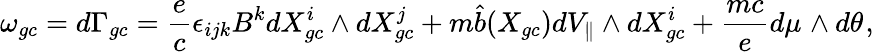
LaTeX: \omega_{gc}=d\Gamma_{gc}=\frac{e}{c}\epsilon_{ijk}B^{k}dX_{gc}^{i}\wedge dX_{gc}^{j}+m\hat{b}(X_{gc})dV_{\parallel}\wedge dX_{gc}^{i}+\frac{mc}{e}d\mu_{}\wedge d\theta_{},